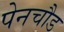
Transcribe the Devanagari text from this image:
पेनचौड